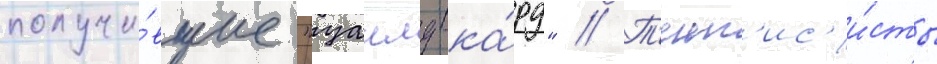
получи́вшие "уаилд-ка́рд" // Т'енн'ис'и́сты